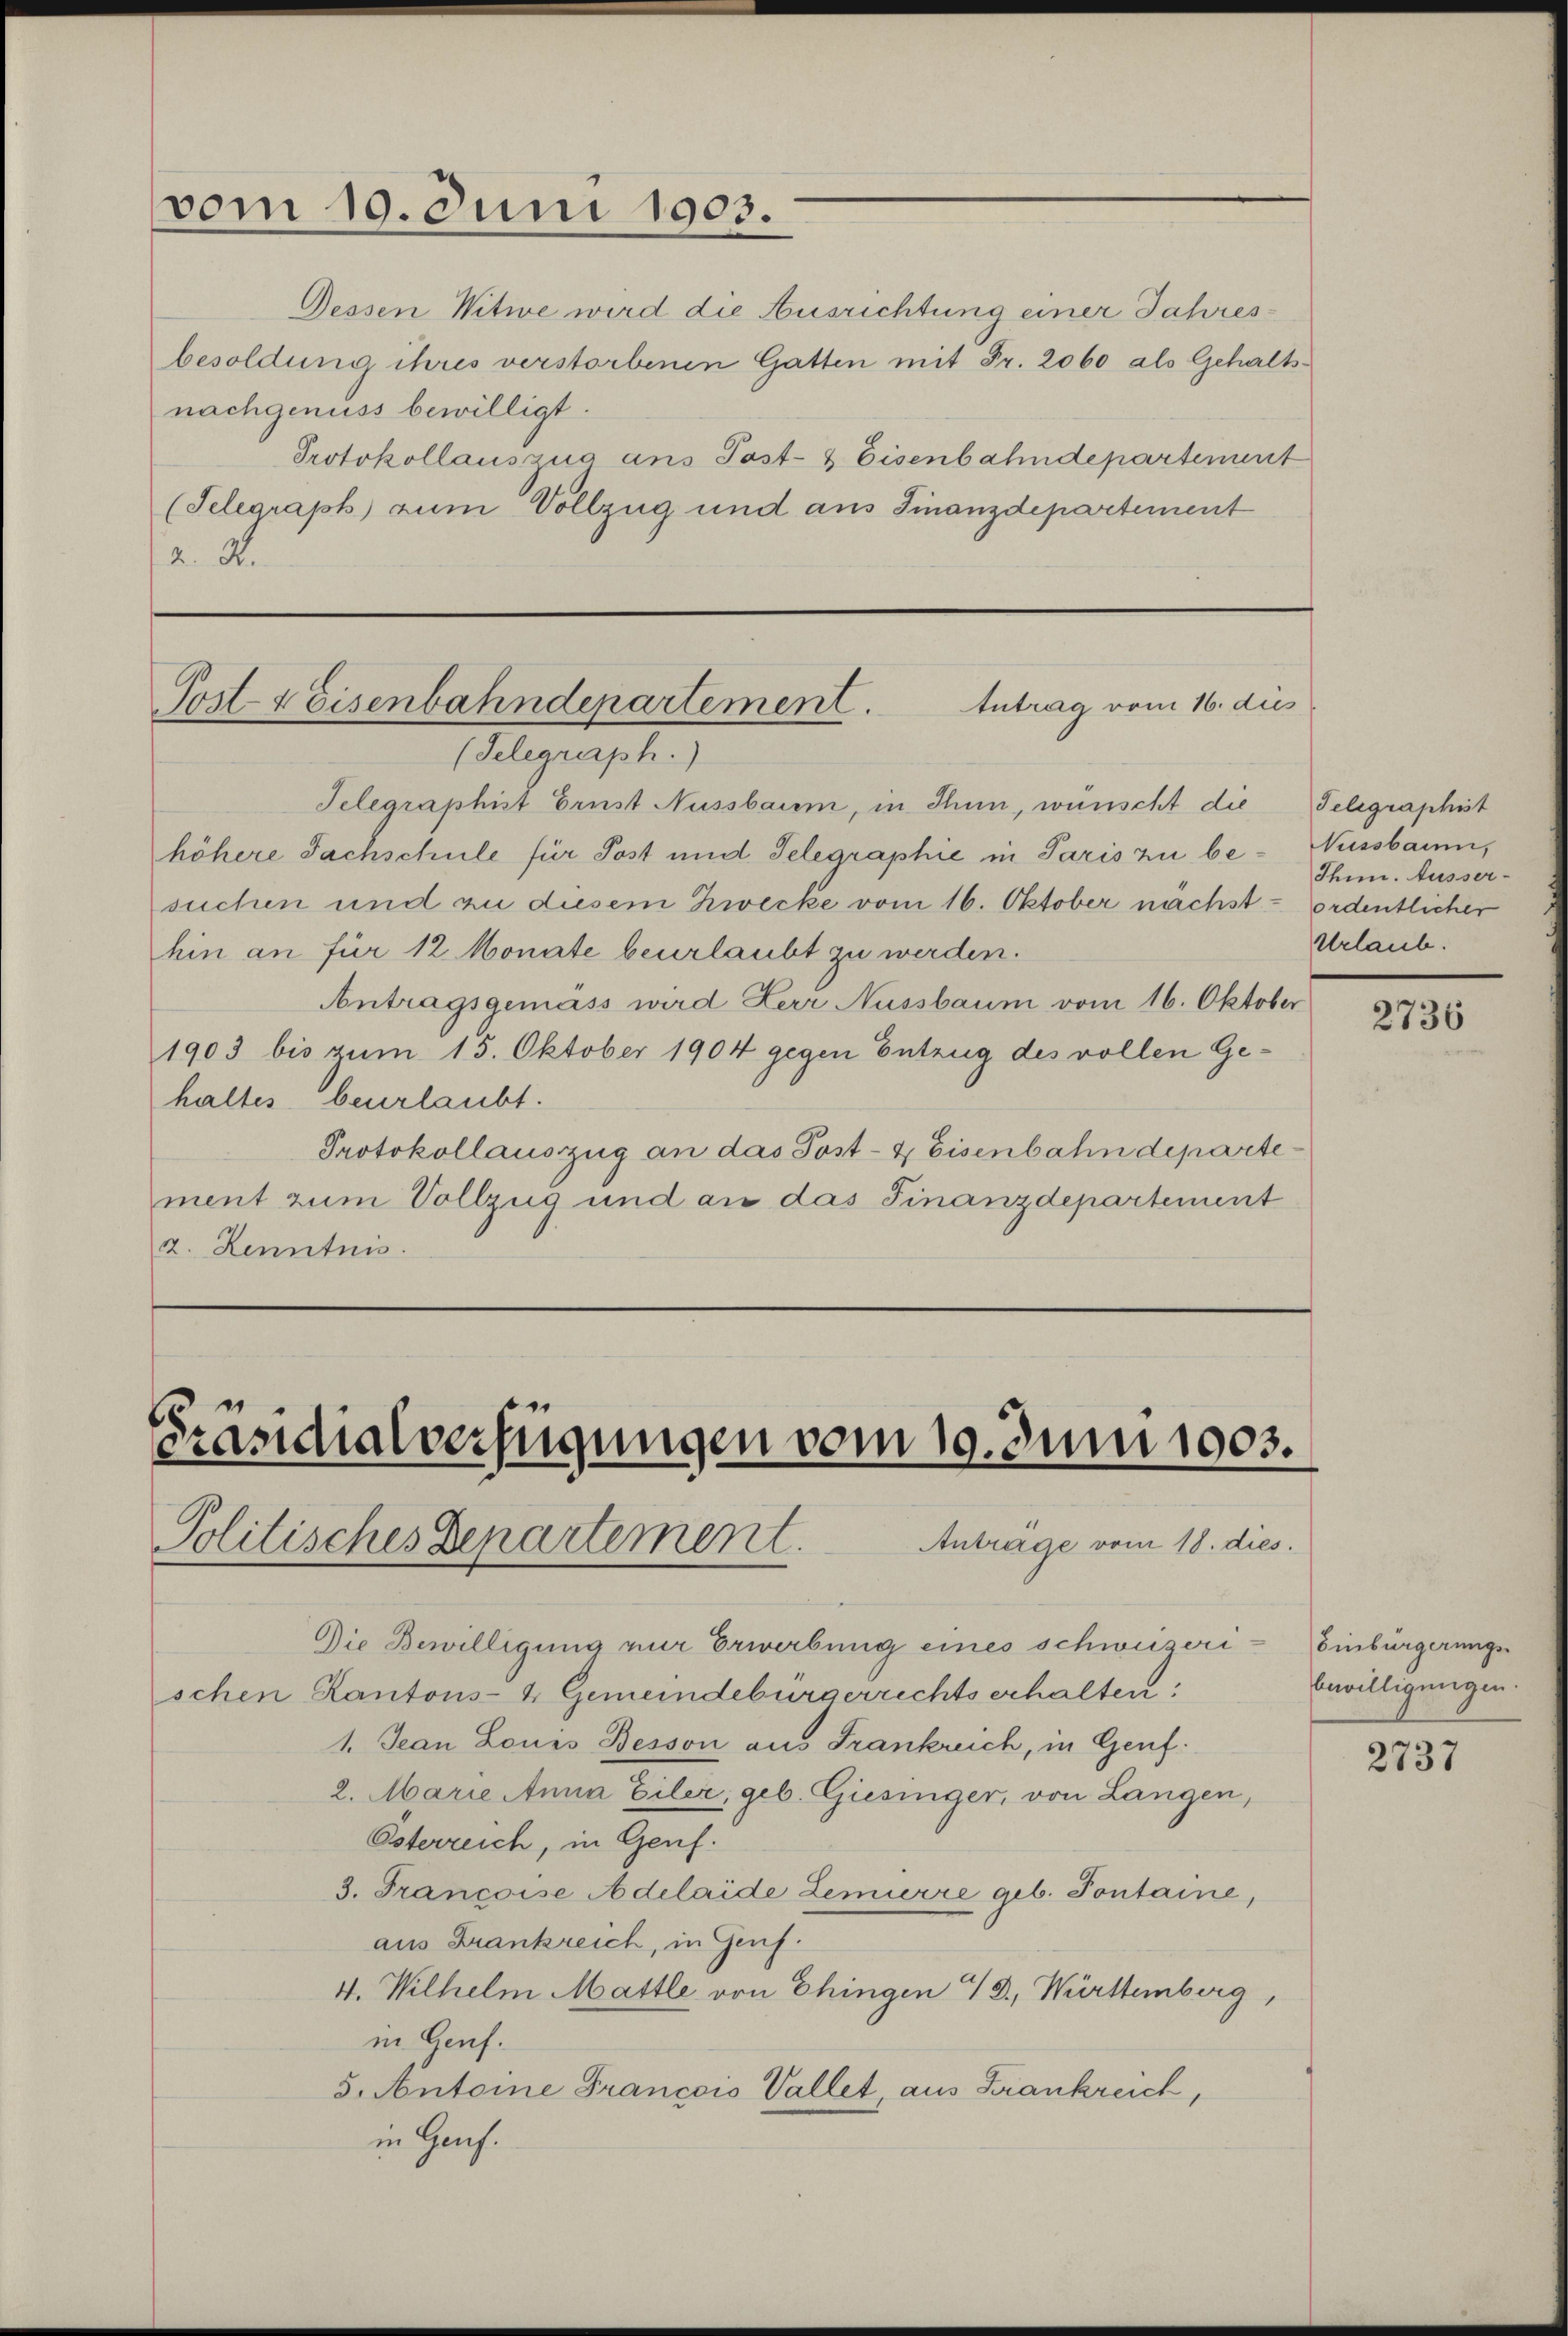
vom 10. Juni 1903.

Dessen Witwe wird die Ausrichtung einer Jahresbesoldung ihres verstorbenen Gatten mit Fr. 2060 als Gehaltsnachgenuss bewilligt.
Protokollauszug ans Post- & Eisenbahndepartement
(Telegraph) zum Vollzug und aus Finanzdepartement
A. R.

Antrag vom 16. des
Post- & Eisenbahndepartement.
(Telegraph.)

6
candialverfügungen vom 10. Juni 1903.
Anträge vom 18. dies.
Politisches Departement.

Telegraphist Ernst Aussbaum, in Thun, wünscht die Telegraphist
höhere Sachschule für Post und Telegraphie in Paris zu be- Nussbaum,
suchen und zu diesem Zwecke vom 16. Oktober nächst ordentlicher
hin an für 12 Monate beurlaubt zu werden.
Antragsgemäss wird Herr Nussbaum vom 16. Oktober
1903 bis zum 15. Oktober 1904 gegen Entzug des vollen Gehaltes beurlaubt.
Protokollauszug an das Post- & Eisenbahndepartement zum Vollzug und an das Finanzdepartement
2. Kenntnis.

Die Bewilligung nur Erwerbung eines schweizerischen Kantons- & Gemeindebürgerrechtserhalten
1. Jean Louis Besson aus Frankreich, in Genf.
2. Marie Anna Eiler, geb. Giesinger, von Langen,
Österreich, in Genf.
3. Françoise Adelaide Zemierre geb. Pontaine,
aus Frankreich, in Genf.
4. Wilhelm Mattle von Chingen 43., Württemberg,
in Genf.
5. Antoine Francoio Vallet, aus Frankreich,
in Genf.

Thin. Ausser-
Urlaub.

2736

Einbürgerungs-
Enwilligungen.

2737